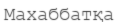
Махаббатқа